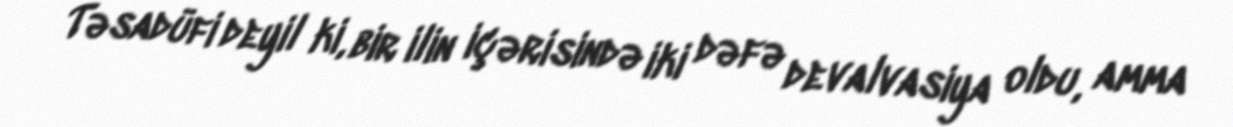
Təsadüfi deyil ki, bir ilin içərisində iki dəfə devalvasiya oldu, amma